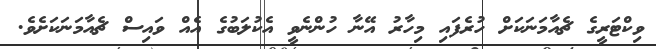
ވިކްޓަރީގެ ޗެއާމަނަކަށް ހުރެފައި މިހާރު އޭނާ ހުންނެވީ އެކުލަބުގެ އެއް ވައިސް ޗެއާމަނަކަށެވެ.